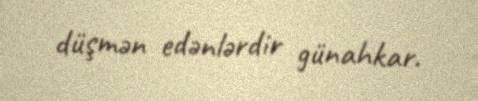
düşmən edənlərdir günahkar.